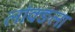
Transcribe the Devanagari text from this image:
लौक्ङला